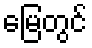
မြေတွင်